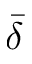
\bar { \delta }